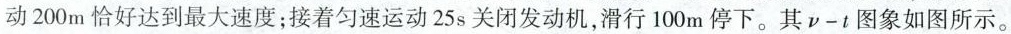
动200m恰好达到最大速度；接着匀速运动25s关闭发动机，滑行100m停下。其$$v-t$$图象如图所示。